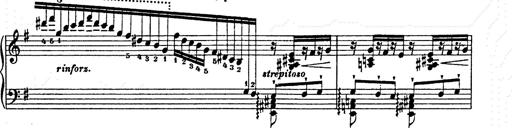
Title: Ab irato
Composer: Franz Liszt